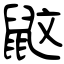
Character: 鼤